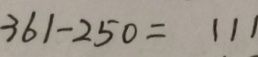
3 6 1 - 2 5 0 = 1 1 1